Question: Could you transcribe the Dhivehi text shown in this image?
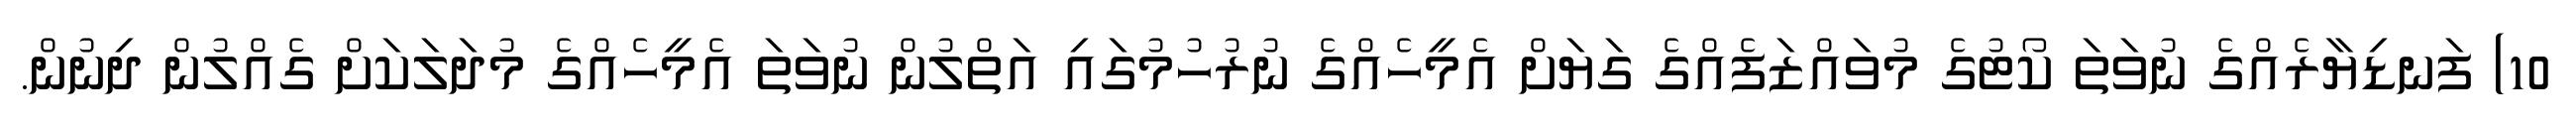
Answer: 10) ފަނޑިޔާރެއްގެ ނުވަތަ ކޯޓުގެ މުވައްޒަފެއްގެ ގަޔަށް އެމީހެއްގެ ނުރުހުމުގައި އަތްލުން ނުވަތަ އެމީހެއްގެ މުދަލަކަށް ގެއްލުން ދިނުން.